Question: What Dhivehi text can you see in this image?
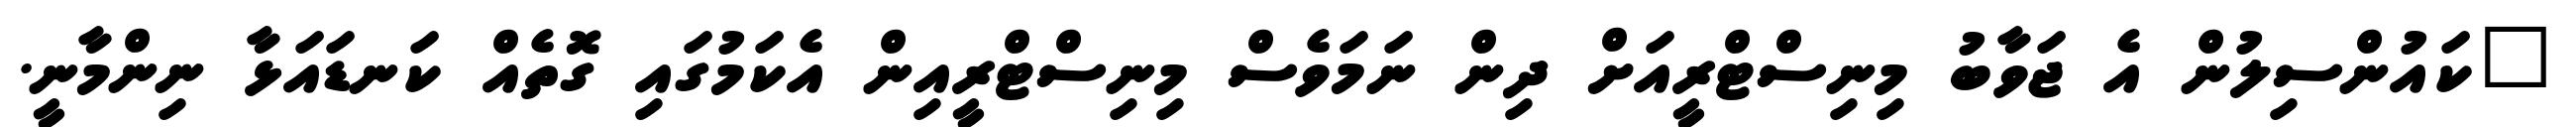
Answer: "ކައުންސިލުން އެ ޖަވާބު މިނިސްޓްރީއަށް ދިން ނަމަވެސް މިނިސްޓްރީއިން އެކަމުގައި ގޮތެއް ކަނޑައަޅާ ނިންމާނީ.